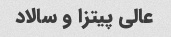
عالی پیتزا و سالاد